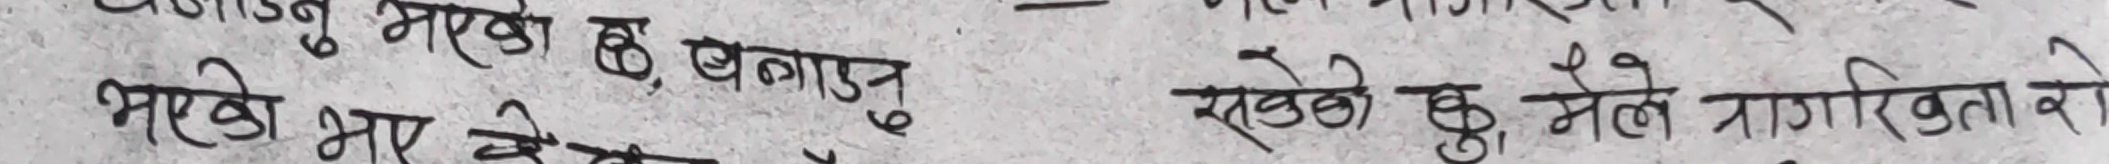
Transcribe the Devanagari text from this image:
जाडनु भएको छ, बनाउनु
भाखे भार खेतेको राखेको छु, मैले जागरिखताको